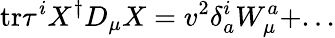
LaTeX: \mathrm{tr}\tau^{i}X^{\dagger}D_{\mu}X=v^{2}\delta_{a}^{i}W_{\mu}^{a}+...